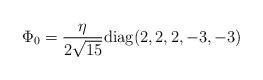
LaTeX: \begin{align*}\Phi_0 = {\eta\over {2\sqrt{15}}} {\rm diag} (2,2,2,-3,-3)\end{align*}